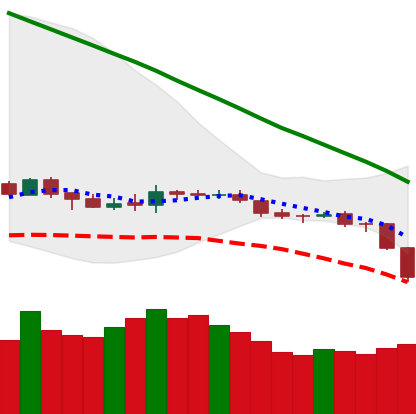
Ticker: BNB-USD
Chart end date: 2019-12-17
Forward return: 11.697%
Label: up_7plus